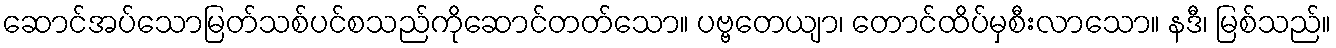
ဆောင်အပ်သောမြတ်သစ်ပင်စသည်ကိုဆောင်တတ်သော။ ပဗ္ဗတေယျာ၊ တောင်ထိပ်မှစီးလာသော။ နဒီ၊ မြစ်သည်။